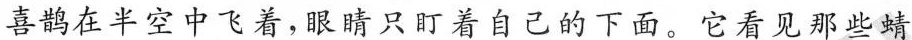
喜鹊在半空中飞着，眼睛只盯着自己的下面。它看见那些蜻